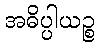
အဓိပ္ပါယဉ္စ